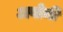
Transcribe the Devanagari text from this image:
अवोमी